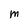
Character: M